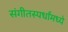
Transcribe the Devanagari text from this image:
संगीतस्पर्धांमध्ये